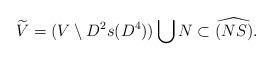
LaTeX: \begin{align*} \widetilde{V}=(V\setminus D^2s(D^4))\bigcup N\subset\widehat{(NS)}.\end{align*}